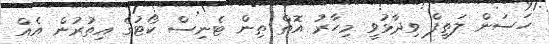
ހަސަން ލަތީފް ވިދާޅުވީ މިހާރު އޮތް ތިން ޓެނިސް ކޯޓުގެ އިތުރުން އެއް